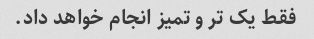
فقط یک تر و تمیز انجام خواهد داد.